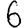
Digit: 6